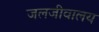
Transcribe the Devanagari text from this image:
जलजीवालय